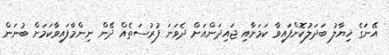
އޭނަގެ ޚިޔާލު ބަދަލުކޮށްފައިވާ ކަމަށާއި ޖައިދަންއަށް ދެވަނަ ފުރުސަތެއް ދޭން ނިންމާފައިވާކަމަށް ބުނަން